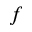
f